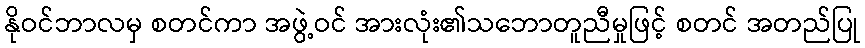
နိုဝင်ဘာလမှ စတင်ကာ အဖွဲ့ဝင် အားလုံး၏သဘောတူညီမှုဖြင့် စတင် အတည်ပြု